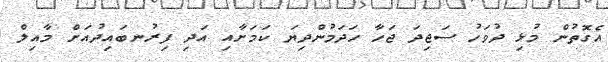
އެގޮތުން މުޅި ދުވަހު ސަޖިދަ ޖަހާ ހަދަމުންދިޔަ ކަމަށާއި އަދި ފިރުނބައިދުއަށް މާއިލް